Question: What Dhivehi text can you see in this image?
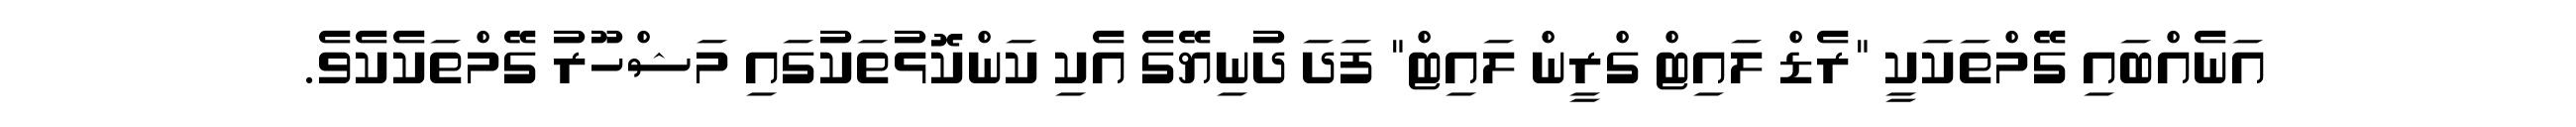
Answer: އަނެއްބައި ގޭމްތަކަކީ "ރެޑް ލައިޓް ގްރީން ލައިޓް" ފަދަ ދުނިޔޭގެ އެކި ކަންކޮޅުތަކުގައި މަޝްހޫރު ގޭމްތަކެކެވެ.